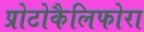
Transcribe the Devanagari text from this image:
प्रोटोकैलिफोरा